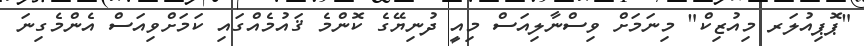
"ޕޮޕިއުލަރ މިއުޒިކް" މިނަމަށް ވިސްނާލިއަސް މިއީ ދުނިޔޭގެ ކޮންމެ ޤައުމެއްގައި ކަމަށްވިއަސް އެންމެގިނަ